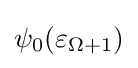
\psi _{0}(\varepsilon _{\Omega +1})